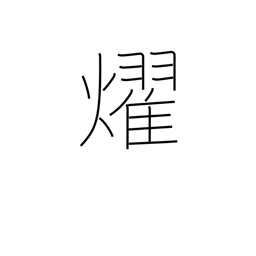
Meaning: shine